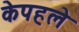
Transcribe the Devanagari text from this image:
केपहले